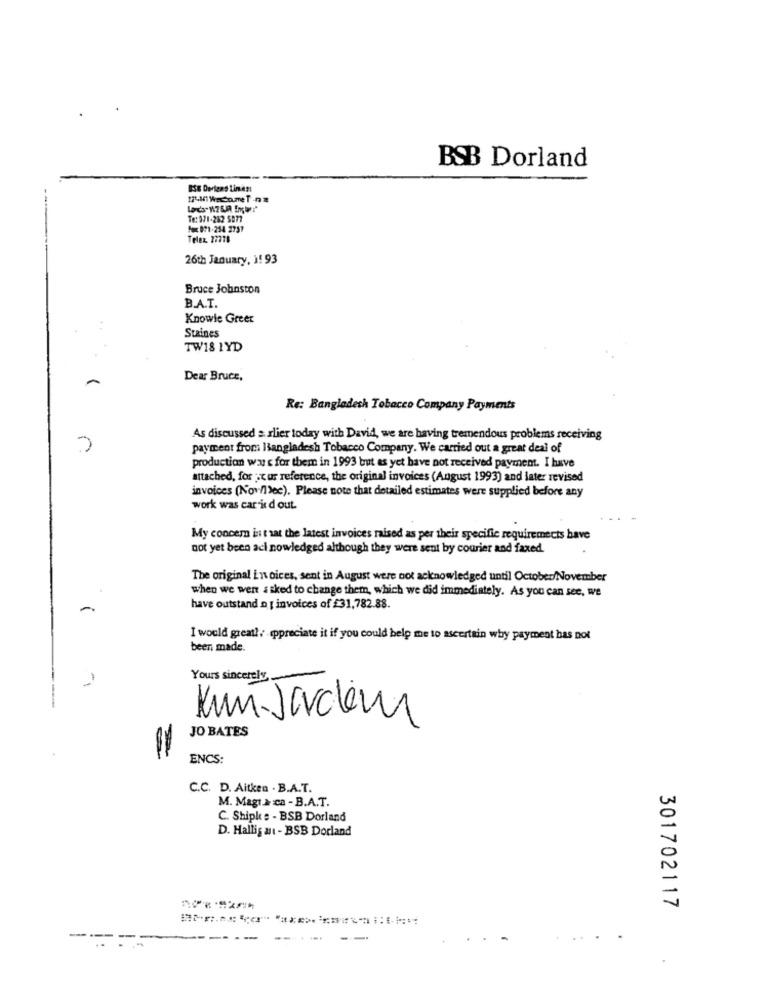
BSB Dorland
Te: 971-282 5077
Pos: 071-254 2737
Telex 27778
26th January, i! 93
Bruce Johnston
B.A.T.
Knowie Greer
Staines
TW18 1YD
Dear Bruce,
Re: Bangladesh Tobacco Company Payments
As discussed = slier today with David, we are having tremendous problems receiving
payment from Bangladesh Tobacco Company. We carried out a great deal of
production wars for them in 1993 but as yet have not received payment. I have
attached, for ;cur reference, the original invoices (August 1993) and later revised
invoices (Nov/l)ec). Please note that detailed estimates were supplied before any
work was car is d out.
My concem int sat the latest invoices raised as per their specific requirements have
not yet been aci nowledged although they were sent by courier and faxed.
The original invoices, sent in August were not acknowledged until October/November
when we went asked to change them, which we did immediately. As you can see, we
have outstand n [ invoices of £31,782.88.
I would greatly appreciate it if you could help me to ascertain why payment has not
been made.
Yours sincerely,
Kun-Jardim
JO BATES
=
ENCS:
C.C. D. Aitken . B.A.T.
M. Magt à ca - B.A.T.
C. Shipk : - BSB Dorland
D. Hallig ant - BSB Dorland
301702117
---